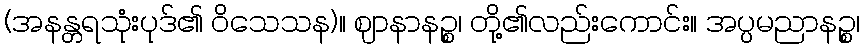
(အနန္တရသုံးပုဒ်၏ ဝိသေသန)။ ဈာနာနဉ္စ၊ တို့၏လည်းကောင်း။ အပ္ပမညာနဉ္စ၊